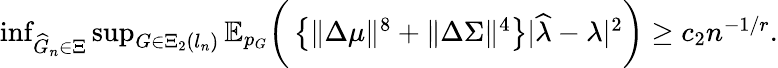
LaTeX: \begin{array}{r}{\operatorname*{inf}_{\widehat{G}_{n}\in\Xi}\operatorname*{sup}_{G\in\Xi_{2}(l_{n})}\mathbb{E}_{p_{G}}\biggr(\left\{ \| \Delta\mu\| ^{8}+\| \Delta\Sigma\| ^{4}\right\} |\widehat{\lambda}-\lambda|^{2}\biggr)\geq c_{2}n^{-1/r}.}\end{array}